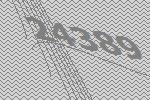
24389